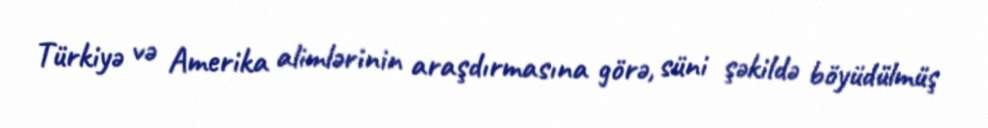
Türkiyə və Amerika alimlərinin araşdırmasına görə, süni şəkildə böyüdülmüş